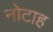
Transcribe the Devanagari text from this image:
नोटाह